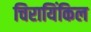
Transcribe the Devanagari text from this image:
चिरायिंकिल